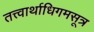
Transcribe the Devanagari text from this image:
तत्त्वार्थाधिगमसूत्र